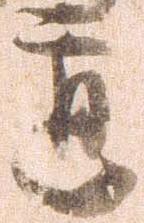
道